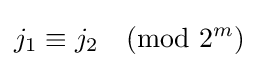
j_{1}\equiv j_{2}{\pmod {2^{m}}}